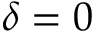
\delta = 0